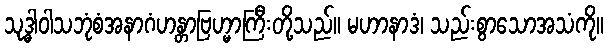
သုဒ္ဓါဝါသဘုံစံအနာဂံဟန္တာဗြဟ္မာကြီးတို့သည်။ မဟာနာဒံ၊ သည်းစွာသောအသံကို။